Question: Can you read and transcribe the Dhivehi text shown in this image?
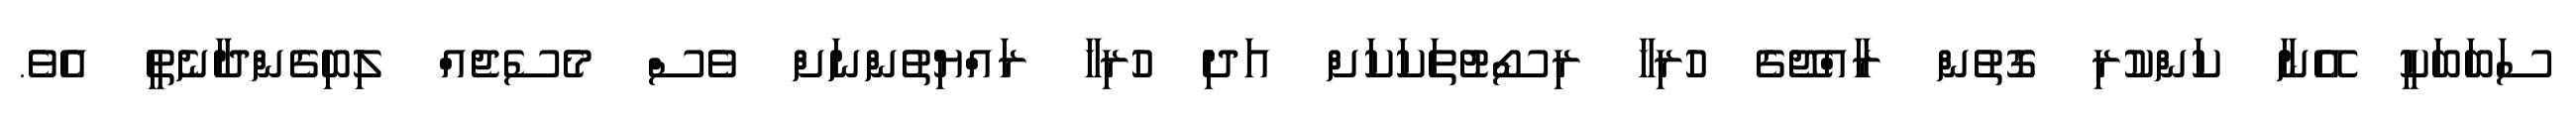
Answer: ސަބަބަކީ އޭނާ ކަންކުރި ގޮތުން ރާއްޖޭގެ ހުރިހާ ރިސޯޓުތަކަކަށް އަދި ހުރިހާ ރައްޔިތުންނަށް ވެސް މެސެޖެއް ލިބިގެންދާނެތީ އެވެ.